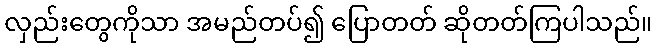
လှည်းတွေကိုသာ အမည်တပ်၍ ပြောတတ် ဆိုတတ်ကြပါသည်။